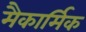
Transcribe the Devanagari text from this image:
मैकार्मिक